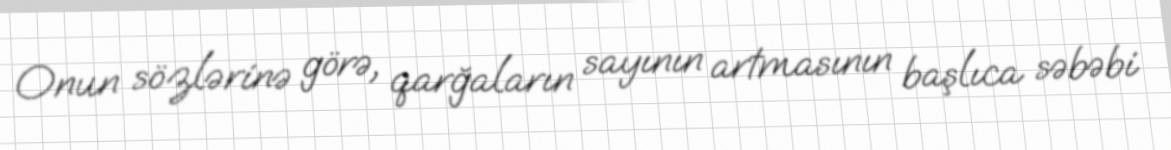
Onun sözlərinə görə, qarğaların sayının artmasının başlıca səbəbi